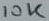
Text: 10K